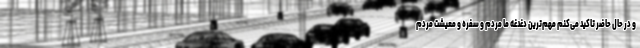
و در حال حاضر تاکید می‌کنم مهم‌ترین دغدغه ما مردم و سفره و معیشت مردم